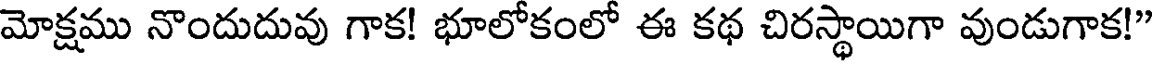
మోక్షము నొందుదువు గాక! భూలోకంలో ఈ కథ చిరస్థాయిగా వుండుగాక!"